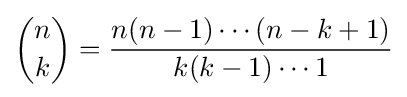
{\binom {n}{k}}={\frac {n(n-1)\cdots (n-k+1)}{k(k-1)\cdots 1}}